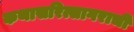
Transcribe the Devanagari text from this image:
कथासरित्सागराची